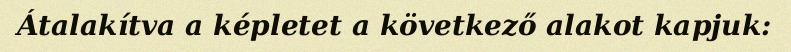
Átalakítva a képletet a következő alakot kapjuk: